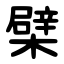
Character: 檗